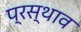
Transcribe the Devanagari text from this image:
प्रस्थाव